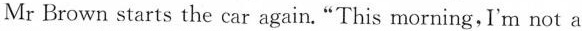
Mr Brown starts the car again."This morning, I'm not a